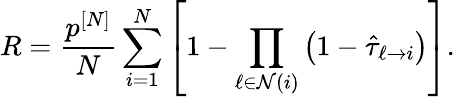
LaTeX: R=\frac{p^{[N]}}{N}\sum_{i=1}^{N}\left[1-\prod_{\ell\in\mathcal{N}(i)}\left(1-\hat{\tau}_{\ell\rightarrow i}\right)\right].